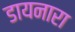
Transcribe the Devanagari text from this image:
डायनारा